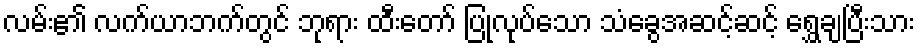
လမ်း၏ လက်ယာဘက်တွင် ဘုရား ထီးတော် ပြုလုပ်သော သံခွေအဆင့်ဆင့် ရွှေချပြီးသား